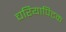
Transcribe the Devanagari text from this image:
चरियापिटक